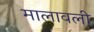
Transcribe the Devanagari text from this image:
मालावली